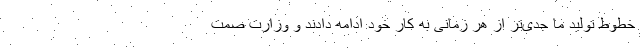
خطوط تولید ما جدی‌تر از هر زمانی به کار خود ادامه دادند و وزارت صمت